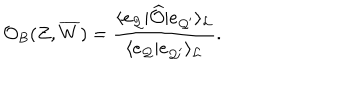
LaTeX: { \cal O } _ { B } ( Z , \overline { { { W } } } ) = { \frac { \langle e _ { { \cal Q } } | \widehat { \cal O } | e _ { { \cal Q } ^ { \prime } } \rangle _ { \cal L } } { \langle e _ { { \cal Q } } | e _ { { \cal Q } ^ { \prime } } \rangle _ { \cal L } } } .